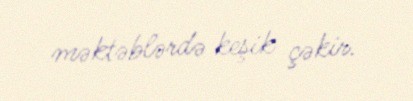
məktəblərdə keşik çəkir.